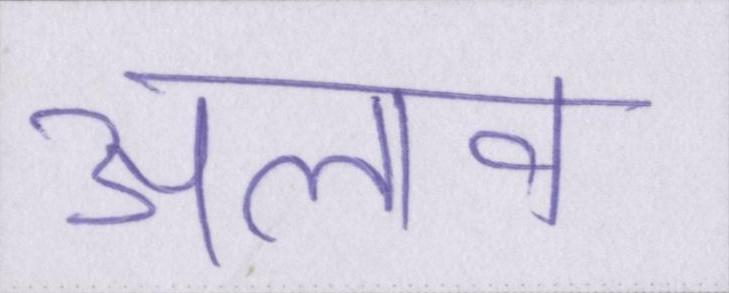
अलाव